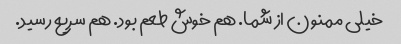
خیلی ممنون از شما. هم خوش طعم بود. هم سریع رسید.